Vital statistics of India. Vol. VI, European troops 1870-79
Year: 1870
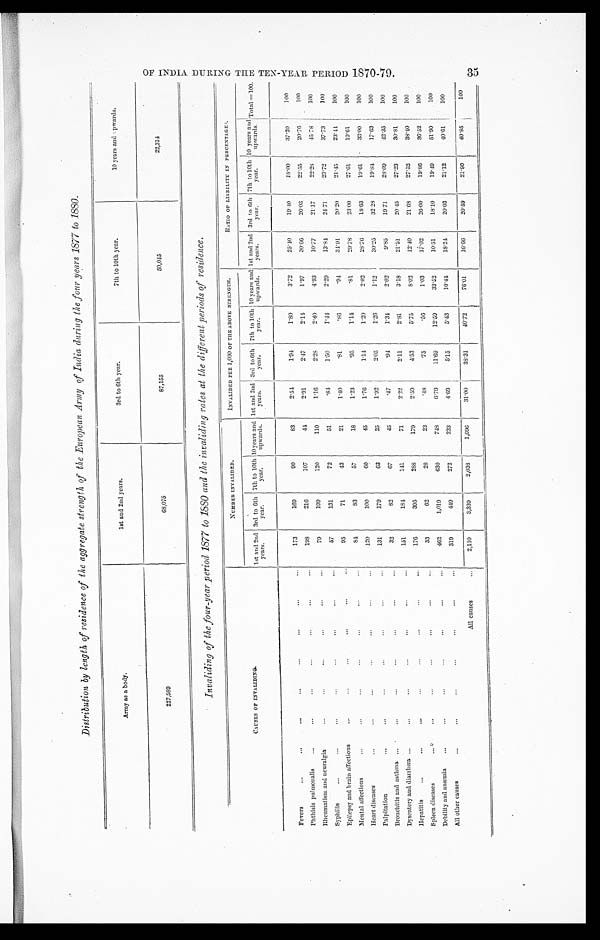
Distribution by length of residence of the aggregate strength of the European Army of India during the four years 1877 to 1880.
Army as a body.
1 s t a n d 2 n d y e a r s .
3rd to 6th year.
7th to 10th year.
10 years and upwards.
227,589
68,075
87,155
50,045
22,314
Invaliding of the four-year period 1877 to 1880 and the invaliding rates at the different periods of residence.
C A U S E S O F I N V A L I D I N G
NUMBER INVALIDED
.
INVALIDED PEE 1, 000 OF THE ABOVE STRENGTH.
RATIO OF LIABILITY IN PERCENTAGE.
1st and 2nd
y e a r s
3rd to 6th
year. 7th to 10th
year. 10 years and
upwards. 1st and 2nd
years. 3rd to 6th
year. 7th to 10th
year. 10 years and
upwards. 1st and 2nd
years. 3rd to 6th
year. 7th to 10th
year. 10 years and
upwards.
T o t a l = 1 0 0 .
Fevers
173
169
90
83
2. 54
1. 94
1 8 0
3.72
25.40
19.40
18. 00
37. 20
100
Phthisis pulmonalis
198
216
107
44
2. 91
2. 47
2.14
1.97
30.66
26.03
22. 55
20. 76
100
Rheumatism and neuralgia
79
199
120
110
1. 16
2. 28
2. 40
4. 93
10.77
21.17
22. 28
45. 78
100
Syphilis
57
131
72
51
. 84
1. 50
1.44
2. 29
13. 84
24.71
23. 72
3 7 . 7 3
1 0 0
Epilepsy and brain affections
95
71
43
21
1. 40
.81
.86
.94
34. 91
20.20
21.45
23. 44
100
Mental affections
84
83
57
18
1. 23
.95
1.14
.81
29. 78
23.00
27. 61
19. 61
100
Heart diseases
120
100
60
45
1.76
1. 14
1. 20
2. 02
28. 76
18.63
19. 61
33. 00
100
Palpitation
131
179
63
25
1. 92
2. 05
1. 26
1.12
30. 25
32.28
1 9 . 8 4
17. 63
1 0 0
Bronchitis and asthma
32
82
67
45
.47
. 94
1. 34
2. 02
9. 85
19.71
2 8 . 0 9 42. 35
100
Dysentery and diarrhœa
151
184
141
71
2. 22
2.11 2. 81
3. 18
21. 51
20.45
27. 23
30. 81
100
Hepatitis
176
395
288
179
2. 59
4. 53
5. 75
8. 02
12. 40
21.68
27. 52
38. 40
100
Spleen diseases
33
62
2 8
23
.48
.75
. 56
1. 03
17. 02
26.60
19. 86
36. 52
100
Debility and anæmia
462
1,019
630
748
6. 79
11. 69
12. 59
33. 52
10. 51
18.10
19. 49
51. 90
100
All other causes
319
4 4 9
272
233
4. 69
5. 15
5.43
10.44
18. 24
20.03
21.12
40. 61
100
All causes
2 , 1 1 0
3,339
2,038
1, 696
31. 00
38. 31
40. 72
76. 01
16. 66
20.59
21. 90
40. 85
1 0 0
OF INDIA DURING THE TEN-YEAR PERIOD 1870-79.
35